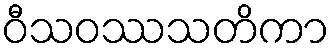
ဝီသဝဿသတိကာ